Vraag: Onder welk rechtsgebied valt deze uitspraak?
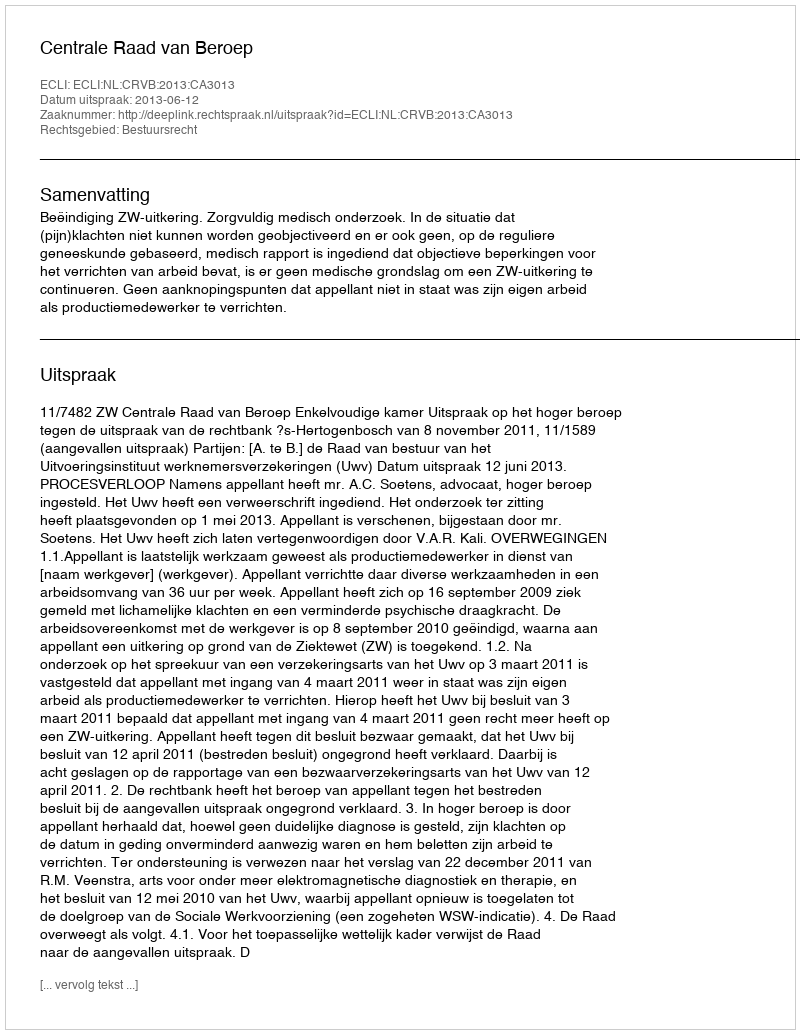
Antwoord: Bestuursrecht